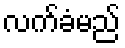
လက်ခံမည်